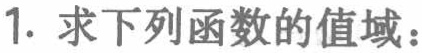
1. 求下列函数的值域：